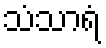
သံသာရံ